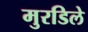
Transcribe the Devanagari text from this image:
मुरडिले